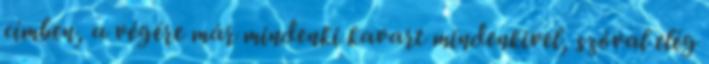
címben, a végére már mindenki kavart mindenkivel, szóval elég